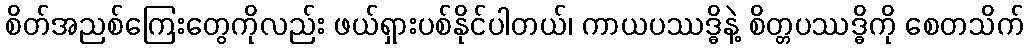
စိတ်အညစ်ကြေးတွေကိုလည်း ဖယ်ရှားပစ်နိုင်ပါတယ်၊ ကာယပဿဒ္ဓိနဲ့ စိတ္တပဿဒ္ဓိကို စေတသိက်